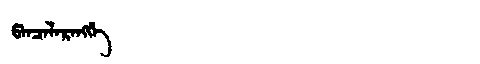
Manchu: ᡦᠠᠨᠴᠠᠯᠠᡵᠠᠩᡤᡝ
Romanization: PANCALARANGGE